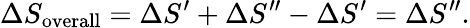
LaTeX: \Delta S_{\mathrm{overall}}=\Delta S^{\prime}+\Delta S^{\prime\prime}-\Delta S^{\prime}=\Delta S^{\prime\prime}.